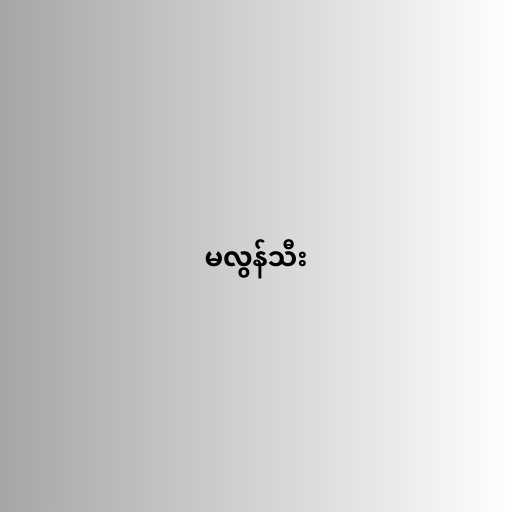
မလွန်သီး